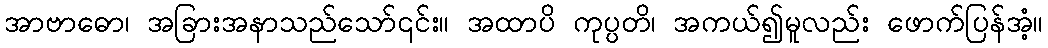
အာဗာဓော၊ အခြားအနာသည်သော်၎င်း။ အထာပိ ကုပ္ပတိ၊ အကယ်၍မူလည်း ဖောက်ပြန်အံ့။